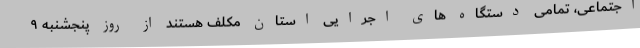
اجتماعی، تمامی دستگاه های اجرایی استان مکلف هستند از روز پنجشنبه ۹